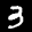
Label: 3